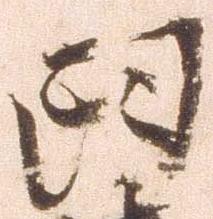
臼